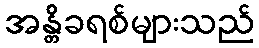
အန္တိခရစ်များသည်